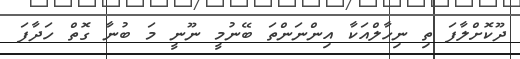
ދޫކޮށްލާފަ ތި ނިހާލްއަކާ އިންނަންތަ ބޭނުމީ ނޫނީ މަ ބުނާ ގޮތް ހަދާފަ